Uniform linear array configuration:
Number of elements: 32
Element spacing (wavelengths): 0.75
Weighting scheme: uniform
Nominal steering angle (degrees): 60
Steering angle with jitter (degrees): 58.79
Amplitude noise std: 0.05
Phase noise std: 0.05

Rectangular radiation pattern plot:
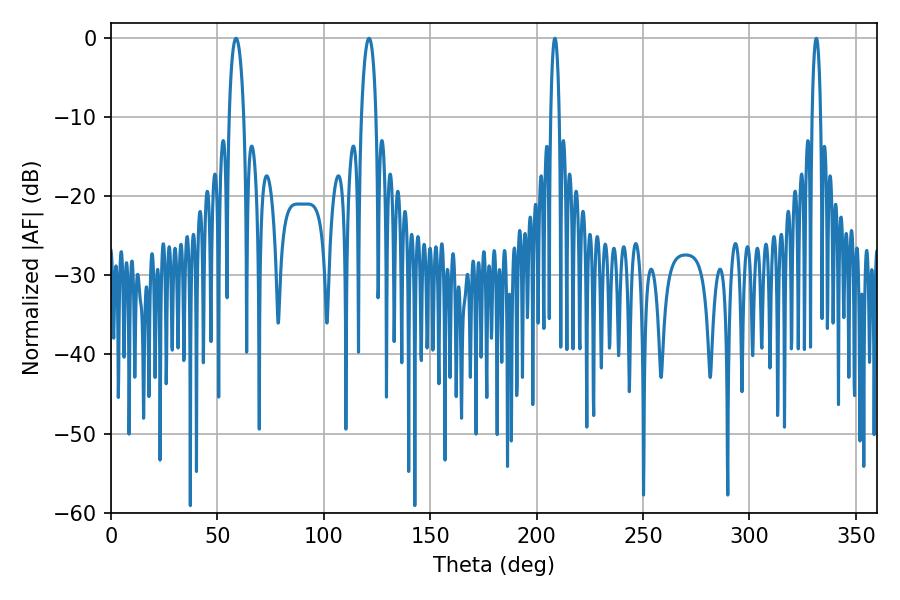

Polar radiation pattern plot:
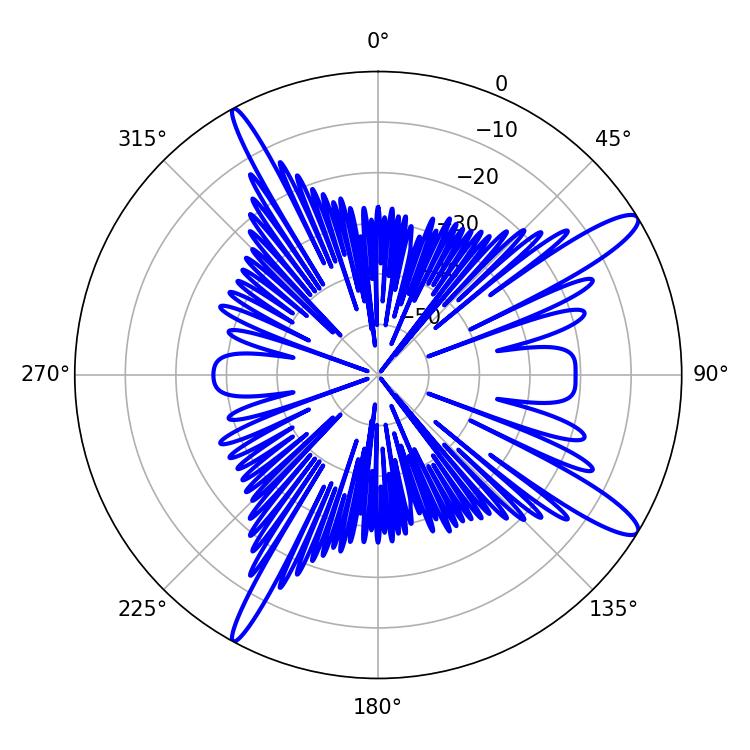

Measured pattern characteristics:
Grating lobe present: TRUE
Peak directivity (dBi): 13.386
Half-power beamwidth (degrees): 2.16
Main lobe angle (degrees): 208.62